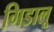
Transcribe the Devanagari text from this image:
गिडालू